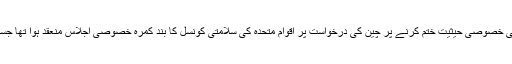
یاد رہے کہ بھارت کی جانب سے کشمیر کی خصوصی حیثیت ختم کرنے پر چین کی درخواست پر اقوام متحدہ کی سلامتی کونسل کا بند کمرہ خصوصی اجلاس منعقد ہوا تھا جسے پاکستان اپنی سفارتی کامیابی گردانتا ہے۔